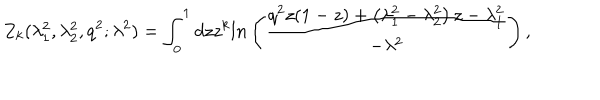
LaTeX: Z _ { k } ( \lambda _ { 1 } ^ { 2 } , \lambda _ { 2 } ^ { 2 } , q ^ { 2 } ; \lambda ^ { 2 } ) = \int _ { 0 } ^ { 1 } d z z ^ { k } l n \left( \frac { q ^ { 2 } z ( 1 - z ) + \left( \lambda _ { 1 } ^ { 2 } - \lambda _ { 2 } ^ { 2 } \right) z - \lambda _ { 1 } ^ { 2 } } { - \lambda ^ { 2 } } \right) ,